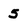
Character: 5